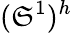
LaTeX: (\mathfrak{S}^{1})^{h}